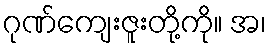
ဂုဏ်ကျေးဇူးတို့ကို။ အ၊